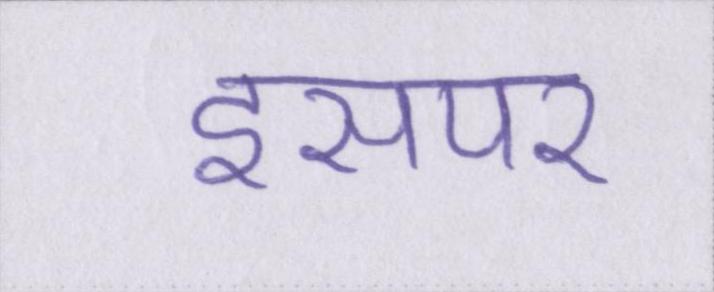
इसपर